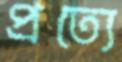
প্রত্যে